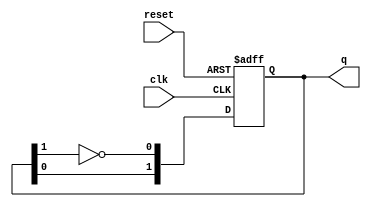
module JohnsonCounter #(parameter N = 2) (
    input wire clk,
    input wire reset,
    output reg [N-1:0] q
);

    // Internal signal for feedback
    wire feedback;

    // Feedback is the inverted output of the last flip-flop
    assign feedback = ~q[N-1];

    always @(posedge clk or posedge reset) begin
        if (reset) begin
            // Reset the counter to 0
            q <= {N{1'b0}};
        end else begin
            // Shift the states according to the Johnson Counter logic
            q <= {q[N-2:0], feedback};
        end
    end

endmodule